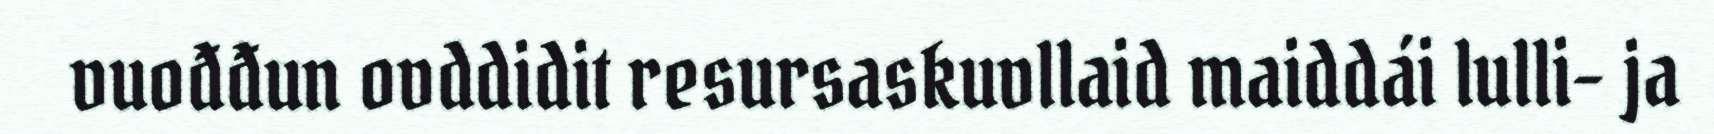
vuođđun ovddidit resursaskuvllaid maiddái lulli- ja